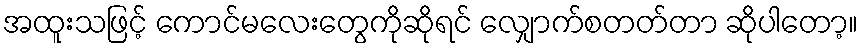
အထူးသဖြင့် ကောင်မလေးတွေကိုဆိုရင် လျှောက်စတတ်တာ ဆိုပါတော့။